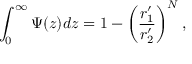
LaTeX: \int _ { 0 } ^ { \infty } \Psi ( z ) d z = 1 - \left( \frac { r _ { 1 } ^ { \prime } } { r _ { 2 } ^ { \prime } } \right) ^ { N } ,